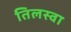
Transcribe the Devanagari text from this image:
तिलस्वा